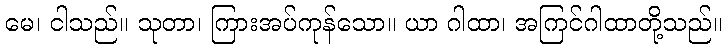
မေ၊ ငါသည်။ သုတာ၊ ကြားအပ်ကုန်သော။ ယာ ဂါထာ၊ အကြင်ဂါထာတို့သည်။